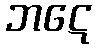
ဘဋေ